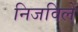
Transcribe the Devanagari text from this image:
निजविलें